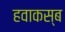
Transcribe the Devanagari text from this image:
हवाकस्‍ब